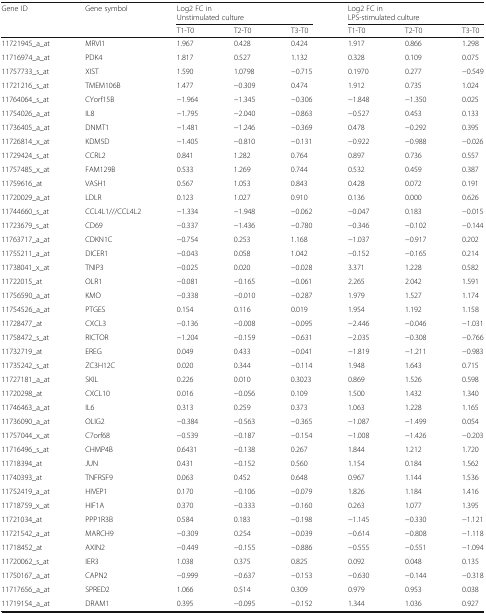
<table><thead><tr><td rowspan="2"><b>Gene ID</b></td><td rowspan="2"><b>Gene symbol</b></td><td colspan="3"><b>Log2 FC inUnstimulated culture</b></td><td colspan="3"><b>Log2 FC in LPS-stimulated culture</b></td></tr><tr><td><b>T1-T0</b></td><td><b>T2-T0</b></td><td><b>T3-T0</b></td><td><b>T1-T0</b></td><td><b>T2-T0</b></td><td><b>T3-T0</b></td></tr></thead><tbody><tr><td>11721945_a_at</td><td>MRVI1</td><td>1.967</td><td>0.428</td><td>0.424</td><td>1.917</td><td>0.866</td><td>1.298</td></tr><tr><td>11716974_a_at</td><td>PDK4</td><td>1.817</td><td>0.527</td><td>1.132</td><td>0.328</td><td>0.109</td><td>0.075</td></tr><tr><td>11757733_s_at</td><td>XIST</td><td>1.590</td><td>1.0798</td><td>−0.715</td><td>0.1970</td><td>0.277</td><td>−0.549</td></tr><tr><td>11721216_s_at</td><td>TMEM106B</td><td>1.477</td><td>−0.309</td><td>0.474</td><td>1.912</td><td>0.735</td><td>1.024</td></tr><tr><td>11764064_s_at</td><td>CYorf15B</td><td>−1.964</td><td>−1.345</td><td>−0.306</td><td>−1.848</td><td>−1.350</td><td>0.025</td></tr><tr><td>11754026_a_at</td><td>IL8</td><td>−1.795</td><td>−2.040</td><td>−0.863</td><td>−0.527</td><td>0.453</td><td>0.133</td></tr><tr><td>11736405_a_at</td><td>DNMT1</td><td>−1.481</td><td>−1.246</td><td>−0.369</td><td>0.478</td><td>−0.292</td><td>0.395</td></tr><tr><td>11726814_x_at</td><td>KDM5D</td><td>−1.405</td><td>−0.810</td><td>−0.131</td><td>−0.922</td><td>−0.988</td><td>−0.026</td></tr><tr><td>11729424_s_at</td><td>CCRL2</td><td>0.841</td><td>1.282</td><td>0.764</td><td>0.897</td><td>0.736</td><td>0.557</td></tr><tr><td>11757485_x_at</td><td>FAM129B</td><td>0.533</td><td>1.269</td><td>0.744</td><td>0.532</td><td>0.459</td><td>0.387</td></tr><tr><td>11759616_at</td><td>VASH1</td><td>0.567</td><td>1.053</td><td>0.843</td><td>0.428</td><td>0.072</td><td>0.191</td></tr><tr><td>11720029_a_at</td><td>LDLR</td><td>0.123</td><td>1.027</td><td>0.910</td><td>0.136</td><td>0.000</td><td>0.626</td></tr><tr><td>11744660_s_at</td><td>CCL4L1///CCL4L2</td><td>−1.334</td><td>−1.948</td><td>−0.062</td><td>−0.047</td><td>0.183</td><td>−0.015</td></tr><tr><td>11723679_s_at</td><td>CD69</td><td>−0.337</td><td>−1.436</td><td>−0.780</td><td>−0.346</td><td>−0.102</td><td>−0.144</td></tr><tr><td>11763717_a_at</td><td>CDKN1C</td><td>−0.754</td><td>0.253</td><td>1.168</td><td>−1.037</td><td>−0.917</td><td>0.202</td></tr><tr><td>11755211_a_at</td><td>DICER1</td><td>−0.043</td><td>0.058</td><td>1.042</td><td>−0.152</td><td>−0.165</td><td>0.214</td></tr><tr><td>11738041_x_at</td><td>TNIP3</td><td>−0.025</td><td>0.020</td><td>−0.028</td><td>3.371</td><td>1.228</td><td>0.582</td></tr><tr><td>11722015_at</td><td>OLR1</td><td>−0.081</td><td>−0.165</td><td>−0.061</td><td>2.265</td><td>2.042</td><td>1.591</td></tr><tr><td>11756590_a_at</td><td>KMO</td><td>−0.338</td><td>−0.010</td><td>−0.287</td><td>1.979</td><td>1.527</td><td>1.174</td></tr><tr><td>11754526_a_at</td><td>PTGES</td><td>0.154</td><td>0.116</td><td>0.019</td><td>1.954</td><td>1.192</td><td>1.158</td></tr><tr><td>11728477_at</td><td>CXCL3</td><td>−0.136</td><td>−0.008</td><td>−0.095</td><td>−2.446</td><td>−0.046</td><td>−1.031</td></tr><tr><td>11758472_s_at</td><td>RICTOR</td><td>−1.204</td><td>−0.159</td><td>−0.631</td><td>−2.035</td><td>−0.308</td><td>−0.766</td></tr><tr><td>11732719_at</td><td>EREG</td><td>0.049</td><td>0.433</td><td>−0.041</td><td>−1.819</td><td>−1.211</td><td>−0.983</td></tr><tr><td>11735242_s_at</td><td>ZC3H12C</td><td>0.020</td><td>0.344</td><td>−0.114</td><td>1.948</td><td>1.643</td><td>0.715</td></tr><tr><td>11727181_a_at</td><td>SKIL</td><td>0.226</td><td>0.010</td><td>0.3023</td><td>0.869</td><td>1.526</td><td>0.598</td></tr><tr><td>11720298_at</td><td>CXCL10</td><td>0.016</td><td>−0.056</td><td>0.109</td><td>1.500</td><td>1.432</td><td>1.340</td></tr><tr><td>11746463_a_at</td><td>IL6</td><td>0.313</td><td>0.259</td><td>0.373</td><td>1.063</td><td>1.228</td><td>1.165</td></tr><tr><td>11736090_a_at</td><td>OLIG2</td><td>−0.384</td><td>−0.563</td><td>−0.365</td><td>−1.087</td><td>−1.499</td><td>0.054</td></tr><tr><td>11757044_x_at</td><td>C7orf68</td><td>−0.539</td><td>−0.187</td><td>−0.154</td><td>−1.008</td><td>−1.426</td><td>−0.203</td></tr><tr><td>11716496_s_at</td><td>CHMP4B</td><td>0.6431</td><td>−0.138</td><td>0.267</td><td>1.844</td><td>1.212</td><td>1.720</td></tr><tr><td>11718394_at</td><td>JUN</td><td>0.431</td><td>−0.152</td><td>0.560</td><td>1.154</td><td>0.184</td><td>1.562</td></tr><tr><td>11740393_at</td><td>TNFRSF9</td><td>0.063</td><td>0.452</td><td>0.648</td><td>0.967</td><td>1.144</td><td>1.536</td></tr><tr><td>11752419_a_at</td><td>HIVEP1</td><td>0.170</td><td>−0.106</td><td>−0.079</td><td>1.826</td><td>1.184</td><td>1.416</td></tr><tr><td>11718759_x_at</td><td>HIF1A</td><td>0.370</td><td>−0.333</td><td>−0.160</td><td>0.263</td><td>1.077</td><td>1.395</td></tr><tr><td>11721034_at</td><td>PPP1R3B</td><td>0.584</td><td>0.183</td><td>−0.198</td><td>−1.145</td><td>−0.330</td><td>−1.121</td></tr><tr><td>11721542_a_at</td><td>MARCH9</td><td>−0.309</td><td>0.254</td><td>−0.039</td><td>−0.614</td><td>−0.808</td><td>−1.118</td></tr><tr><td>11718452_at</td><td>AXIN2</td><td>−0.449</td><td>−0.155</td><td>−0.886</td><td>−0.555</td><td>−0.551</td><td>−1.094</td></tr><tr><td>11720062_s_at</td><td>IER3</td><td>1.038</td><td>0.375</td><td>0.825</td><td>0.092</td><td>0.048</td><td>0.135</td></tr><tr><td>11750167_a_at</td><td>CAPN2</td><td>−0.999</td><td>−0.637</td><td>−0.153</td><td>−0.630</td><td>−0.144</td><td>−0.318</td></tr><tr><td>11717656_a_at</td><td>SPRED2</td><td>1.066</td><td>0.514</td><td>0.309</td><td>0.979</td><td>0.953</td><td>0.038</td></tr><tr><td>11719154_a_at</td><td>DRAM1</td><td>0.395</td><td>−0.095</td><td>−0.152</td><td>1.344</td><td>1.036</td><td>0.927</td></tr></tbody></table>